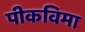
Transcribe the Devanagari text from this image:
पीकविमा